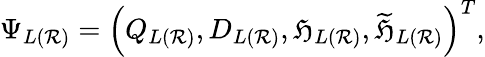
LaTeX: \Psi_{L(\mathcal{R})}=\left(Q_{L(\mathcal{R})},D_{L(\mathcal{R})},\mathfrak{H}_{L(\mathcal{R})},\widetilde{{\mathfrak{H}}}_{L(\mathcal{R})}\right)^{T},